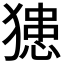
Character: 𤡟